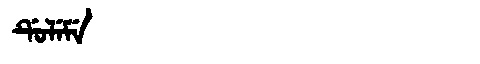
Manchu: ᡩᡠᠯᡝᠮᡝ
Romanization: DULEME